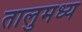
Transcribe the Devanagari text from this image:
तालुमध्य